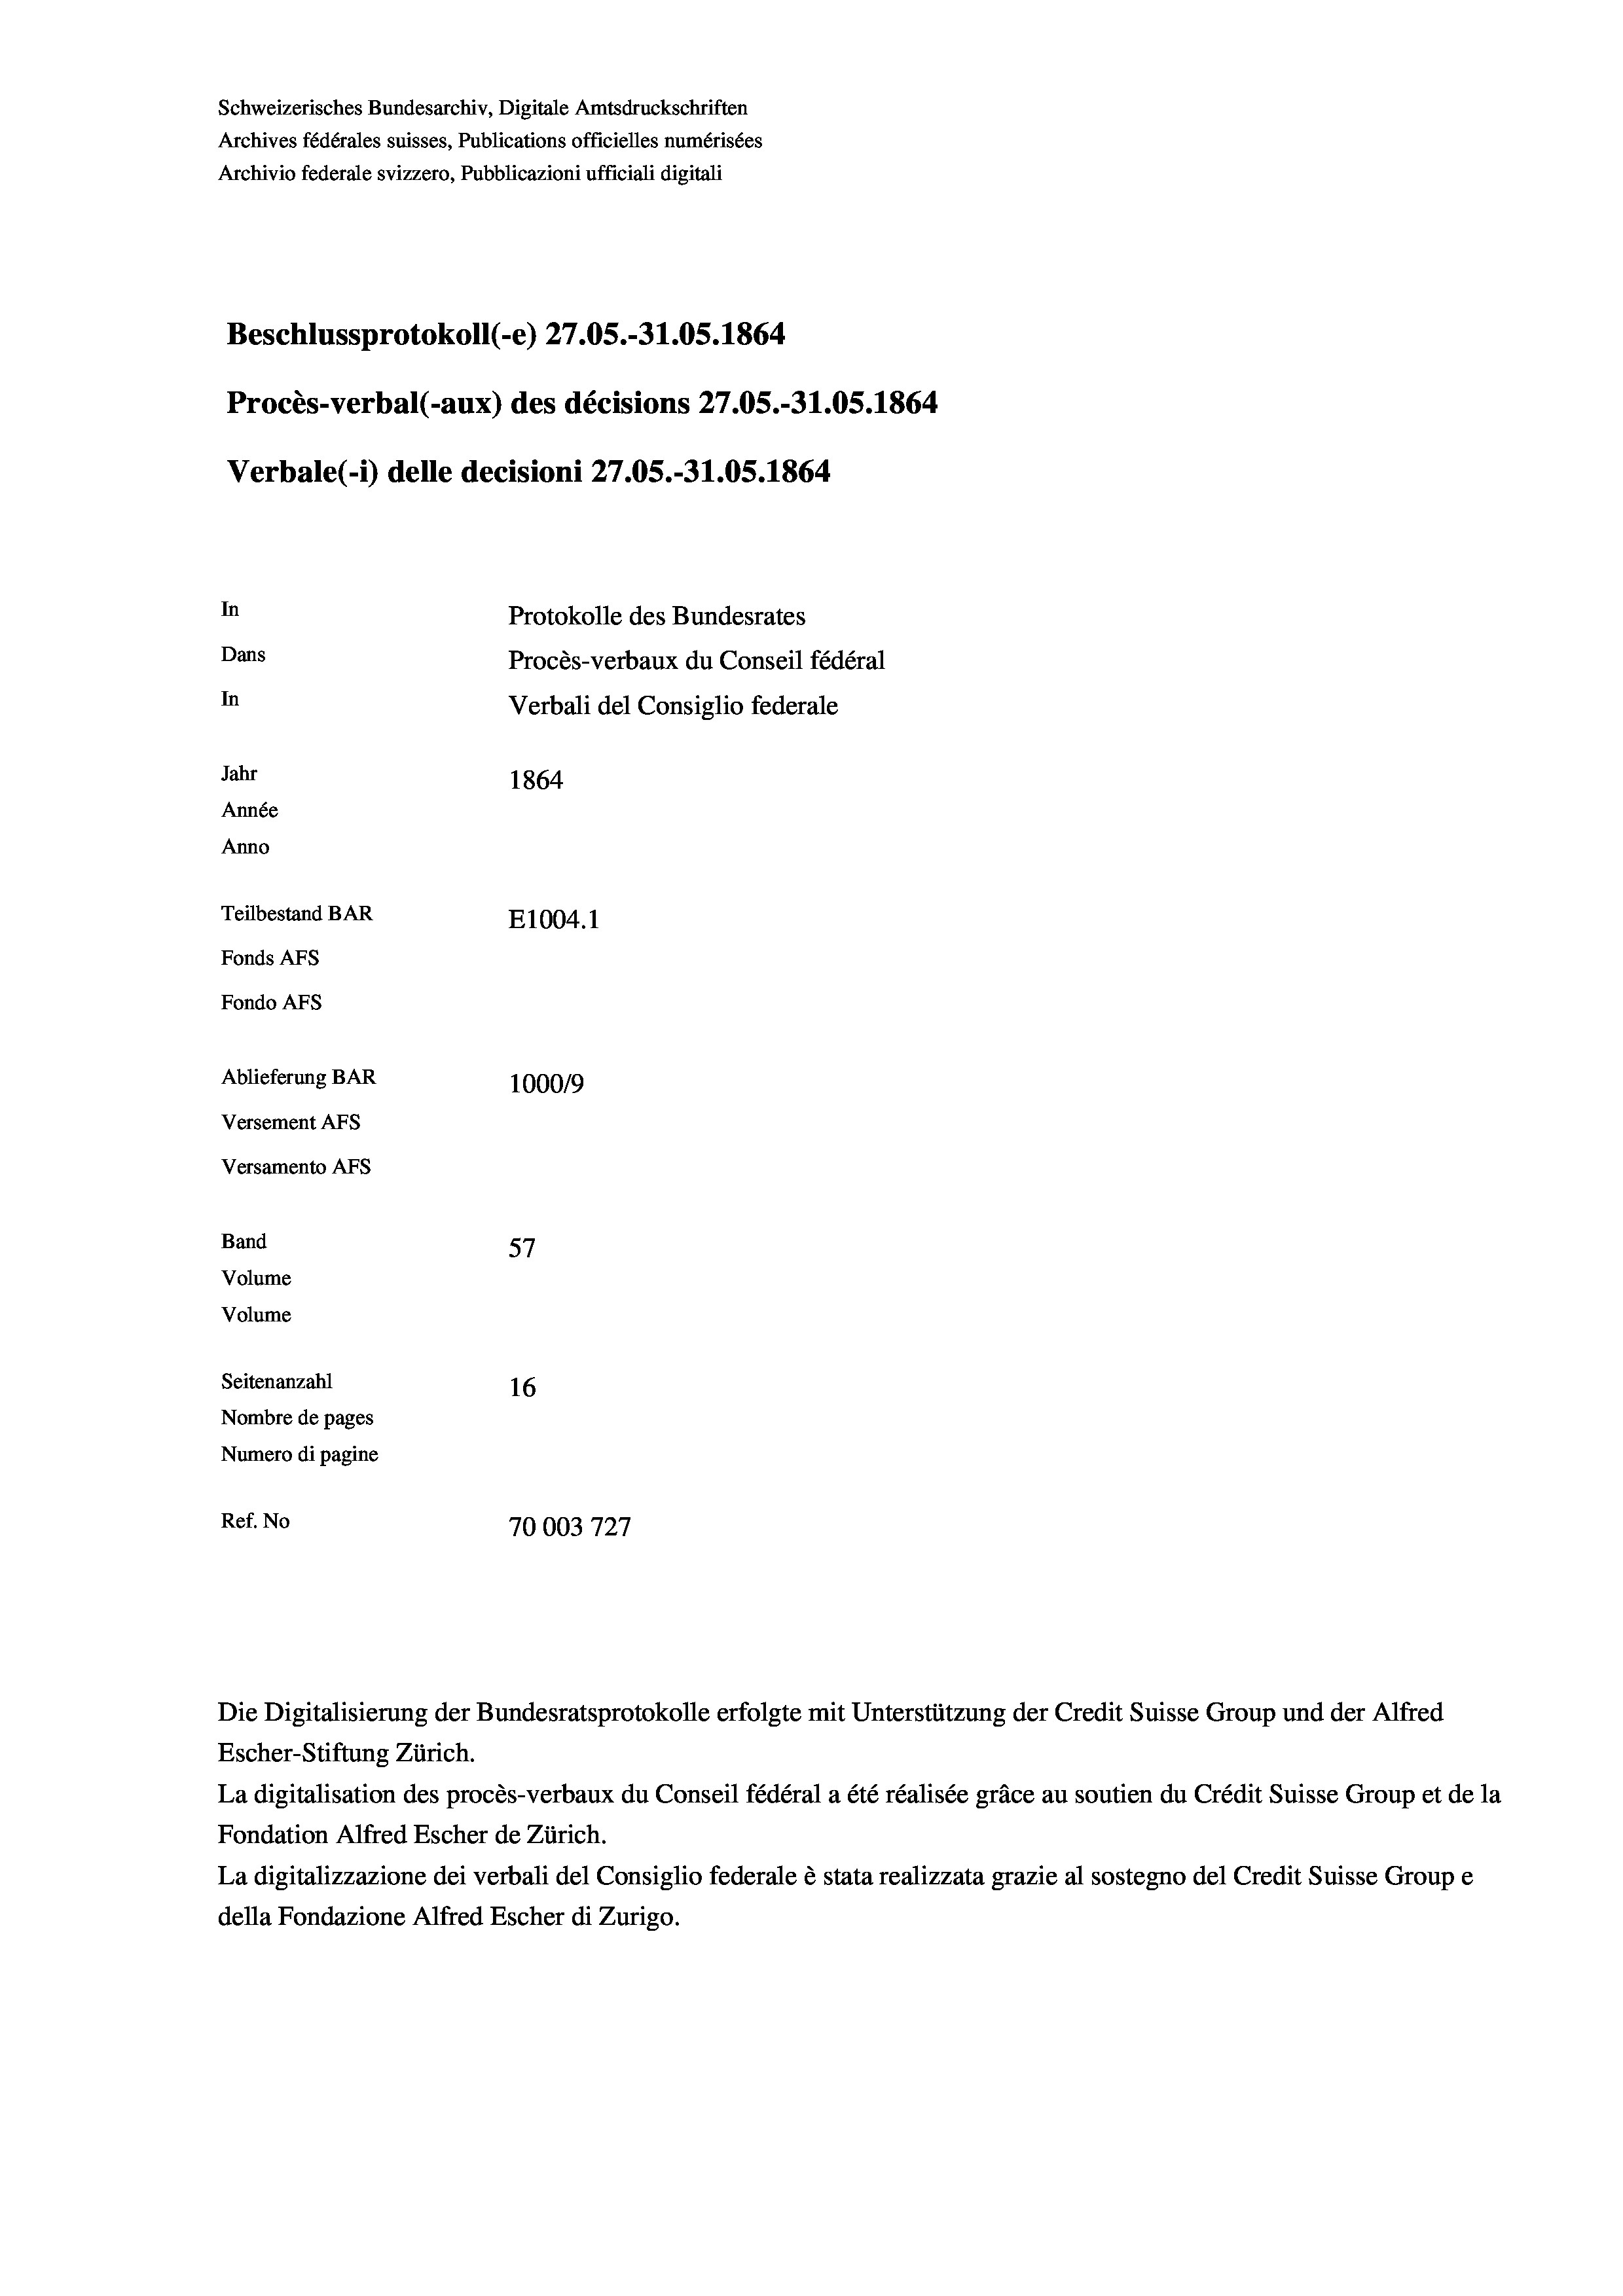
Schweizerisches Bundesarchiv, Digitale Amtsdruckschriften
Archives fédérales suisses, Publications officielles numérisées
Archivio federale svizzero, Pubblicazioni ufficiali digitali
Beschlussprotokoll (-e) 27.05.-31.05. 1864
Procès-verbal (-aux) des décisions 27.05.-31.05. 1864
Verbale(-*) delle decisioni 27.05.-31.05. 1864
In
Protokolle des Bundesrates
Dans
Procès-verbaux du Conseil fédéral
In
Verbali del Consiglio federale
Jahr
1864
Année
Anno
Teilbestand BAR
E1004.1
Fonds AFs
Fondo AFS
Ablieferung BAR
100019
Versement AFs
Versamento AFs
Band
57
Volume
Volume
Seitenanzahl
16
Nombre de pages
Numero di pagine
e
Ref. No
70003727

Die Digitalisierung der Bundesratsprotokolle erfolgte mit Unterstützung der Credit Suisse Group und der Alfred

Escher-Stiftung Zürich.
La digitalisation des procès-verbaux du Conseil fédéral a été réalisée gräce au soutien du Crédit Suisse Group et de la
Fondation Alfred Escher de Zürich.
La digitalizzazione dei verbali del Consiglio federale è stata realizzata grazie al sostegno del Credit Suisse Groupe
della Fondazione Alfred Escher di Zurigo.